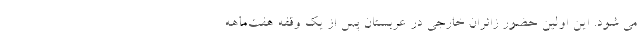
می شود. این اولین حضور زائران خارجی در عربستان پس از یک وقفه هفت‌ماهه